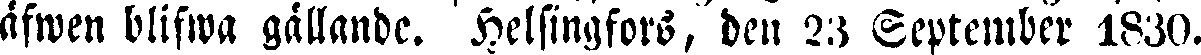
äfwen blifwa gällande. Helsingfors, den 23 September 1830.